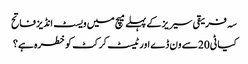
سہ فریقی سیریز کے پہلے میچ میں ویسٹ انڈیز فاتح
کیا ٹی20 سے ون ڈے اور ٹیسٹ کرکٹ کو خطرہ ہے؟